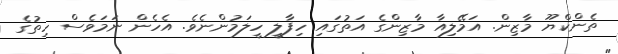
ތެންކްޔޫ މާޒިން. އަމޭލިއާ މާޒިންގެ އަތުގައި ހިފާލީ ހީލަމުންނެވެ. އެހެން ނަމަވެސް ހިތުގެ